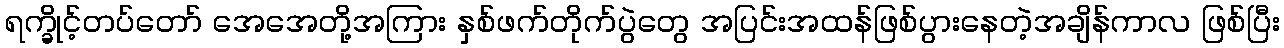
ရက္ခိုင့်တပ်တော် အေအေတို့အကြား နှစ်ဖက်တိုက်ပွဲတွေ အပြင်းအထန်ဖြစ်ပွားနေတဲ့အချိန်ကာလ ဖြစ်ပြီး